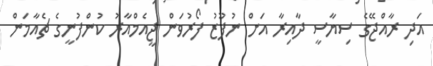
އަދި ރާއްޖޭގެ ސިޔާސީ ދާއިރާ އަށް ނުފޫޒު ފޯރުވަން ޖީއެމްއާރު ކުންފުނީގެ ޗެއާމަން